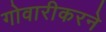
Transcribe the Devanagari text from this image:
गोवारीकरने